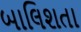
બાલિશતા